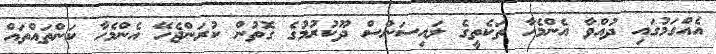
އެއްގަމުގައި ދުއްވާ އެންމެހާ ތަކެތީގެ ލައިސަންސް ދޫކުރުމުގެ ގޮތުން ކުރަންޖެހޭ އެންމެހާ ކަންތައްތައް